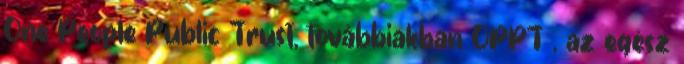
One People Public Trust, továbbiakban OPPT , az egész